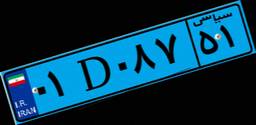
۰۱D۰۸۷۵۱